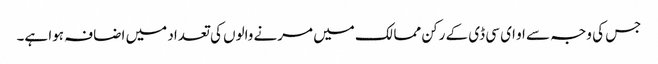
جس کی وجہ سے او ای سی ڈی کے رکن ممالک میں مرنے والوں کی تعداد میں اضافہ ہوا ہے۔